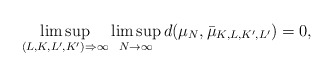
\begin{align*} \limsup_{(L,K,L',K') \Rightarrow \infty} \limsup_{N \rightarrow \infty } d(\mu_N, \bar{\mu}_{K,L, K', L'})=0,\end{align*}